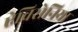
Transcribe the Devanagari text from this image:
ऐविसेनिया